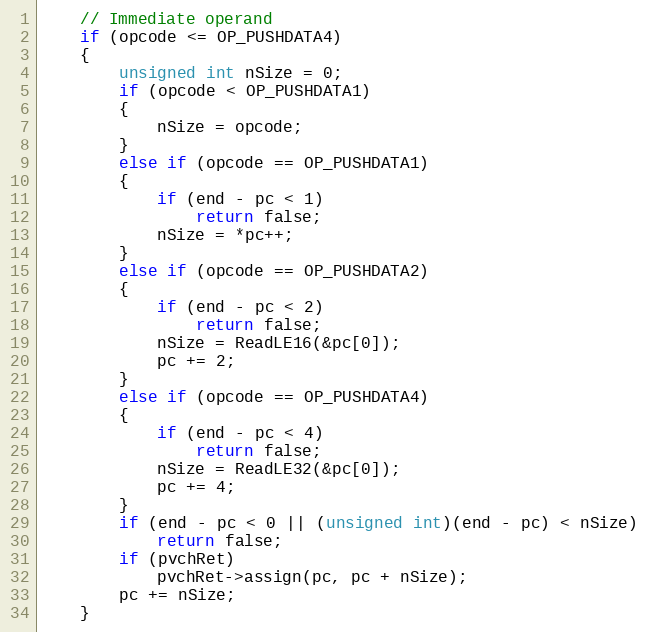
Language: C++
    // Immediate operand
    if (opcode <= OP_PUSHDATA4)
    {
        unsigned int nSize = 0;
        if (opcode < OP_PUSHDATA1)
        {
            nSize = opcode;
        }
        else if (opcode == OP_PUSHDATA1)
        {
            if (end - pc < 1)
                return false;
            nSize = *pc++;
        }
        else if (opcode == OP_PUSHDATA2)
        {
            if (end - pc < 2)
                return false;
            nSize = ReadLE16(&pc[0]);
            pc += 2;
        }
        else if (opcode == OP_PUSHDATA4)
        {
            if (end - pc < 4)
                return false;
            nSize = ReadLE32(&pc[0]);
            pc += 4;
        }
        if (end - pc < 0 || (unsigned int)(end - pc) < nSize)
            return false;
        if (pvchRet)
            pvchRet->assign(pc, pc + nSize);
        pc += nSize;
    }